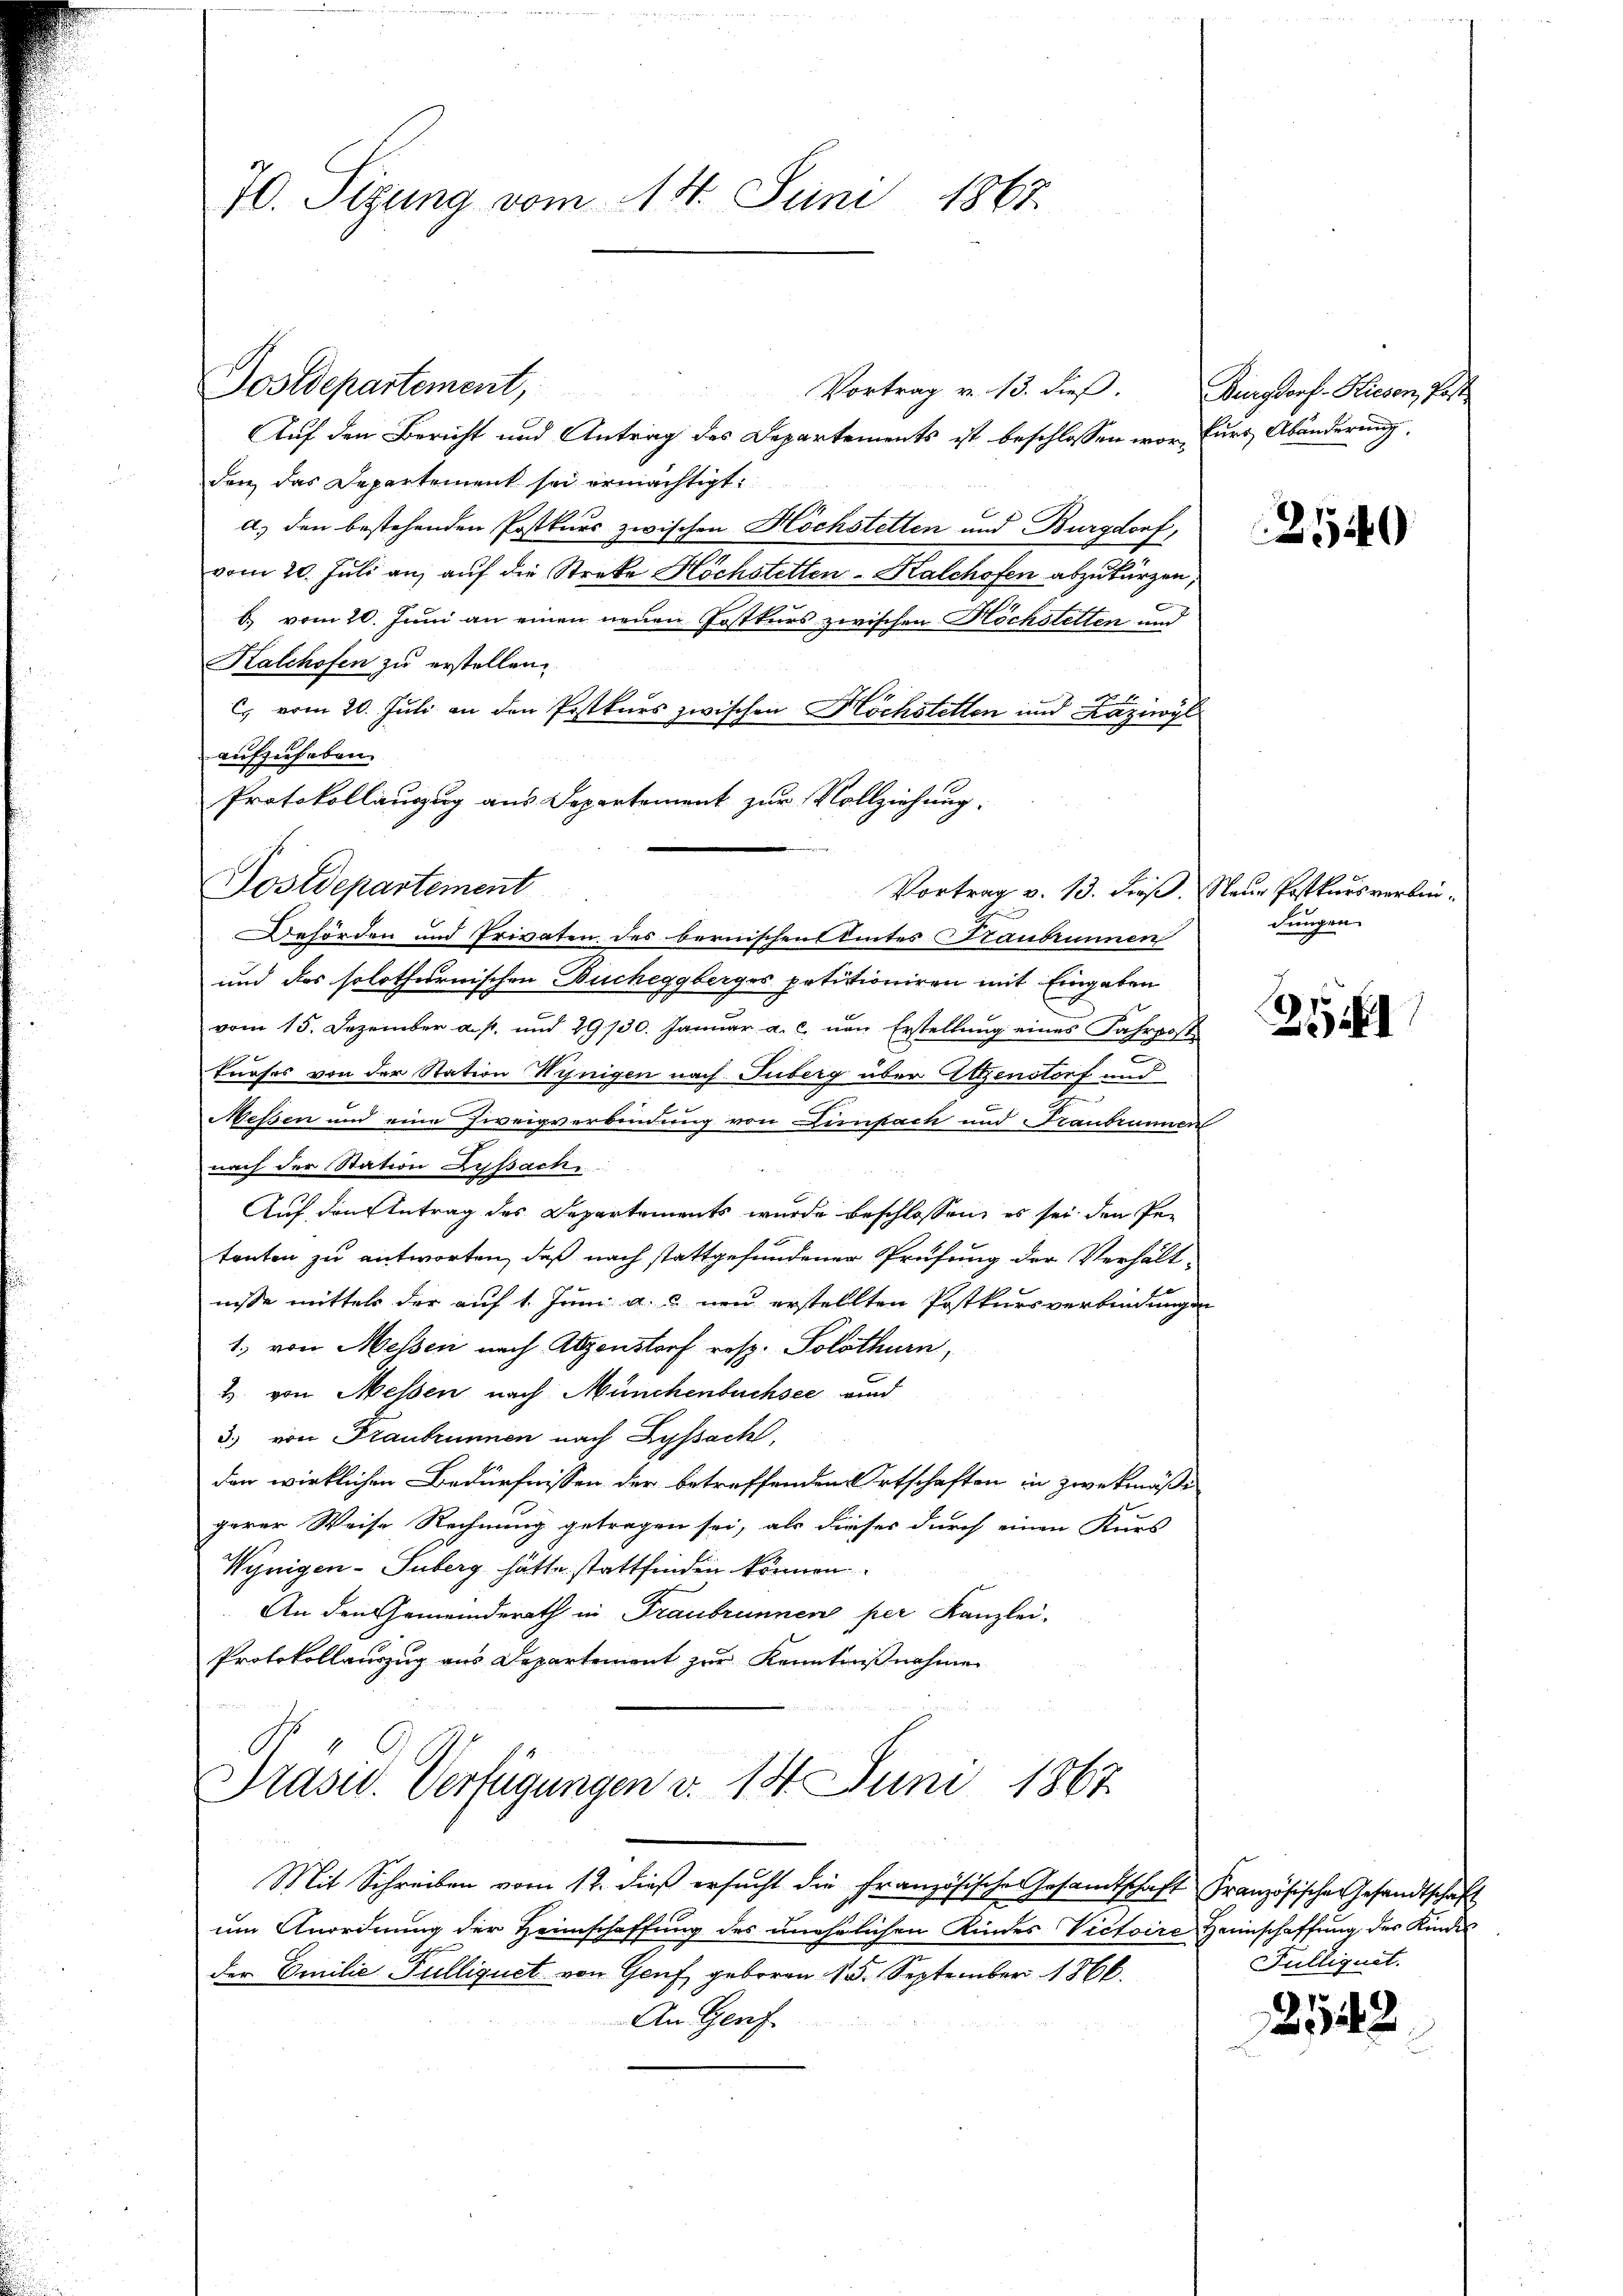
70. Sizung vom 14. Juni 1867

Postdepartement

Dostdepartement,
Vortrag v. 13. dieβ. Burgdorf- Kiesen, Post
Auf den Bericht und Antrag des Departements ist beschlossen vor, fürs Abänderung
dere das Departement sei ermächtigt:
a) den bestehenden Postkurs zwischen Höchstetten und Burgdorf,
vom 20. Juli an, auf die Streke Höchstetten Kalchofen abzukürzen,
b. vom 20. Juni an einen neuen Postkurs zwischen Höchstetten und
Kalchofen zu erstellen.
C vom 20. Juli an den Postkurs zwischen Höchstetten und Laziwyl
aufzuheben.
Protokollauszug aus Departement zur Vollziehung.

Behörden und Privaten des bernischen Amtes Haubrunnen
und das solothurnischen Bucheggberges petitioniren mit Eingaben
vom 15. Dezember a. p. und 29130. Januar a. c. von Erstellung eines Fahrpost

e
tnafes von der Station Wynigen nach Guberg über Eigenstorf und
f
Messen und eine Zweigverbindung von Lernfach und Franbrunnen
nach der Station Lyssach
Auf den Antrag des Departements wurde beschlossen, es sei den Petenten zu antworten, daß nach stattgefundener Prüfung der Verhältnisse mittels der auf 1. Juni a. c. neu erstellten Postkursverbindungen
1. von Messen nach Abzenstorf resp. Solothurn,
2. von Messen nach Münchenbuchsee und
3.) von Franbrunnen nach Lyssach,
den wirklichen Bedürfnissen der betreffenden Ortschaften in zwekmässi
gerer Weise Rechnung getragen sei, als dieses durch einen Kurs
Wynigen-Suberg hätte stattfinden können.
An den Gemeinderath in Traubrunnen per Kanzlei-
Protokollauszug aus Departement zur Kenntnißnahmen
Präsid. Verfügungen v. 14. Juni 1867
Mit Schreiben vom 12. dieß ersucht die Französische Gesandtschaft Französische Gesandtschaft
um Anordnung der Heimschaffung des unehelichen Kindes Victoire Heimschaffung des Kindes
der Emilie Fullizuct von Genf, geboren 15. September 1866.
An Genf

Vortrag v. 13. dieß. Neue Postkursverbin¬

2540

dungen.

351

Pulliquet.

ge
242